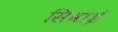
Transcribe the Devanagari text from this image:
सिवाई